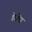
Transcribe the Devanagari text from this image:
डेरमिस